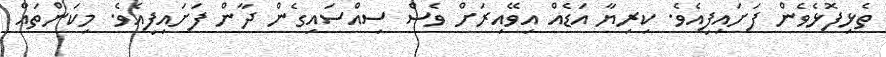
ތެޅިފޮޅެވެން ފަށައިފިއެވެ. ކިރިޔާ އަޑެއް އިވޭއިރަށް ވެސް ސިއްސައިގެން ދާން ފަށައިފިއެވެ. މިކަންތައް